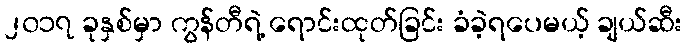
၂၀၁၇ ခုနှစ်မှာ ကွန်တီရဲ့ ရောင်းထုတ်ခြင်း ခံခဲ့ရပေမယ့် ချယ်ဆီး